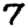
Digit: 7